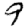
Digit: 9